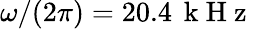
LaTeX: \omega/(2\pi)=20.4\, \mathrm{~k~H~z~}